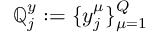
\mathbb { Q } _ { j } ^ { y } : = \{ y _ { j } ^ { \mu } \} _ { \mu = 1 } ^ { Q }